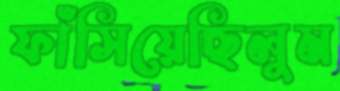
ফাঁসিয়েছিলুম